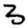
Digit: 3